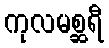
ကုလမစ္ဆရီ